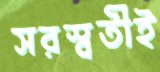
সরস্বতীই